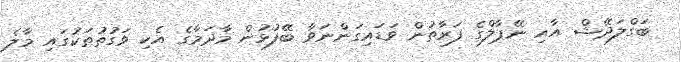
ބަގްލަދޭޝް އާއި ނޭޕާލްގެ ފަރާތުން ވަޑައިގަންނަވާ ބޭފުޅުން މާދަމާގެ އެކި ވަގުތުތަކުގައި މާލެ